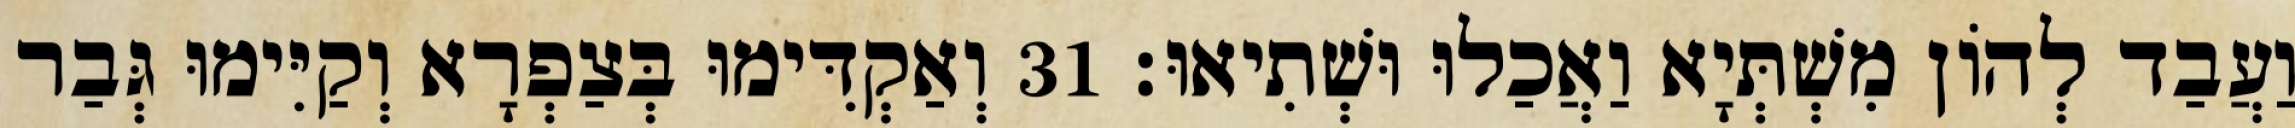
וַעֲבַד לְהוֹן מִשְׁתְּיָא וַאֲכַלוּ וּשְׁתִיאוּ׃ 31 וְאַקְדִּימוּ בְּצַפְרָא וְקַיִּימוּ גְּבַר